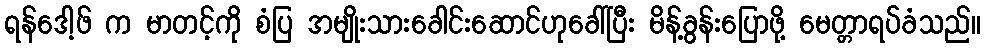
ရန်ဒေါ့ဖ် က မာတင့်ကို စံပြ အမျိုးသားခေါင်းဆောင်ဟုခေါ်ပြီး မိန့်ခွန်းပြောဖို့ မေတ္တာရပ်ခံသည်။